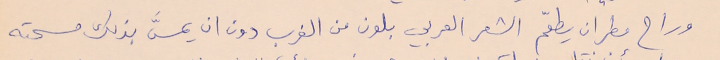
وراح مطران يطعّم الشعر العربي بلون من الغرب دون ان يمسَّ بذلك مسحته